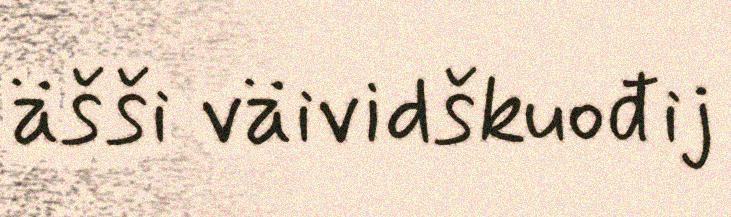
äšši väividškuođij